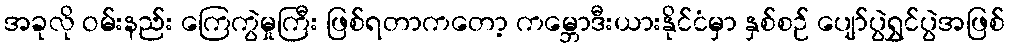
အခုလို ဝမ်းနည်း ကြေကွဲမှုကြီး ဖြစ်ရတာကတော့ ကမ္ဘောဒီးယားနိုင်ငံမှာ နှစ်စဉ် ပျော်ပွဲရွှင်ပွဲအဖြစ်